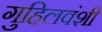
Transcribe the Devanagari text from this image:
गुहिलवंशी